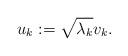
LaTeX: \begin{align*} u_k := \sqrt{\lambda_k} v_k. \end{align*}